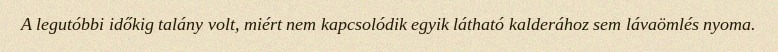
A legutóbbi időkig talány volt, miért nem kapcsolódik egyik látható kalderához sem lávaömlés nyoma.